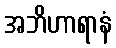
အဘိဟာရာနံ